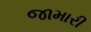
જામારી